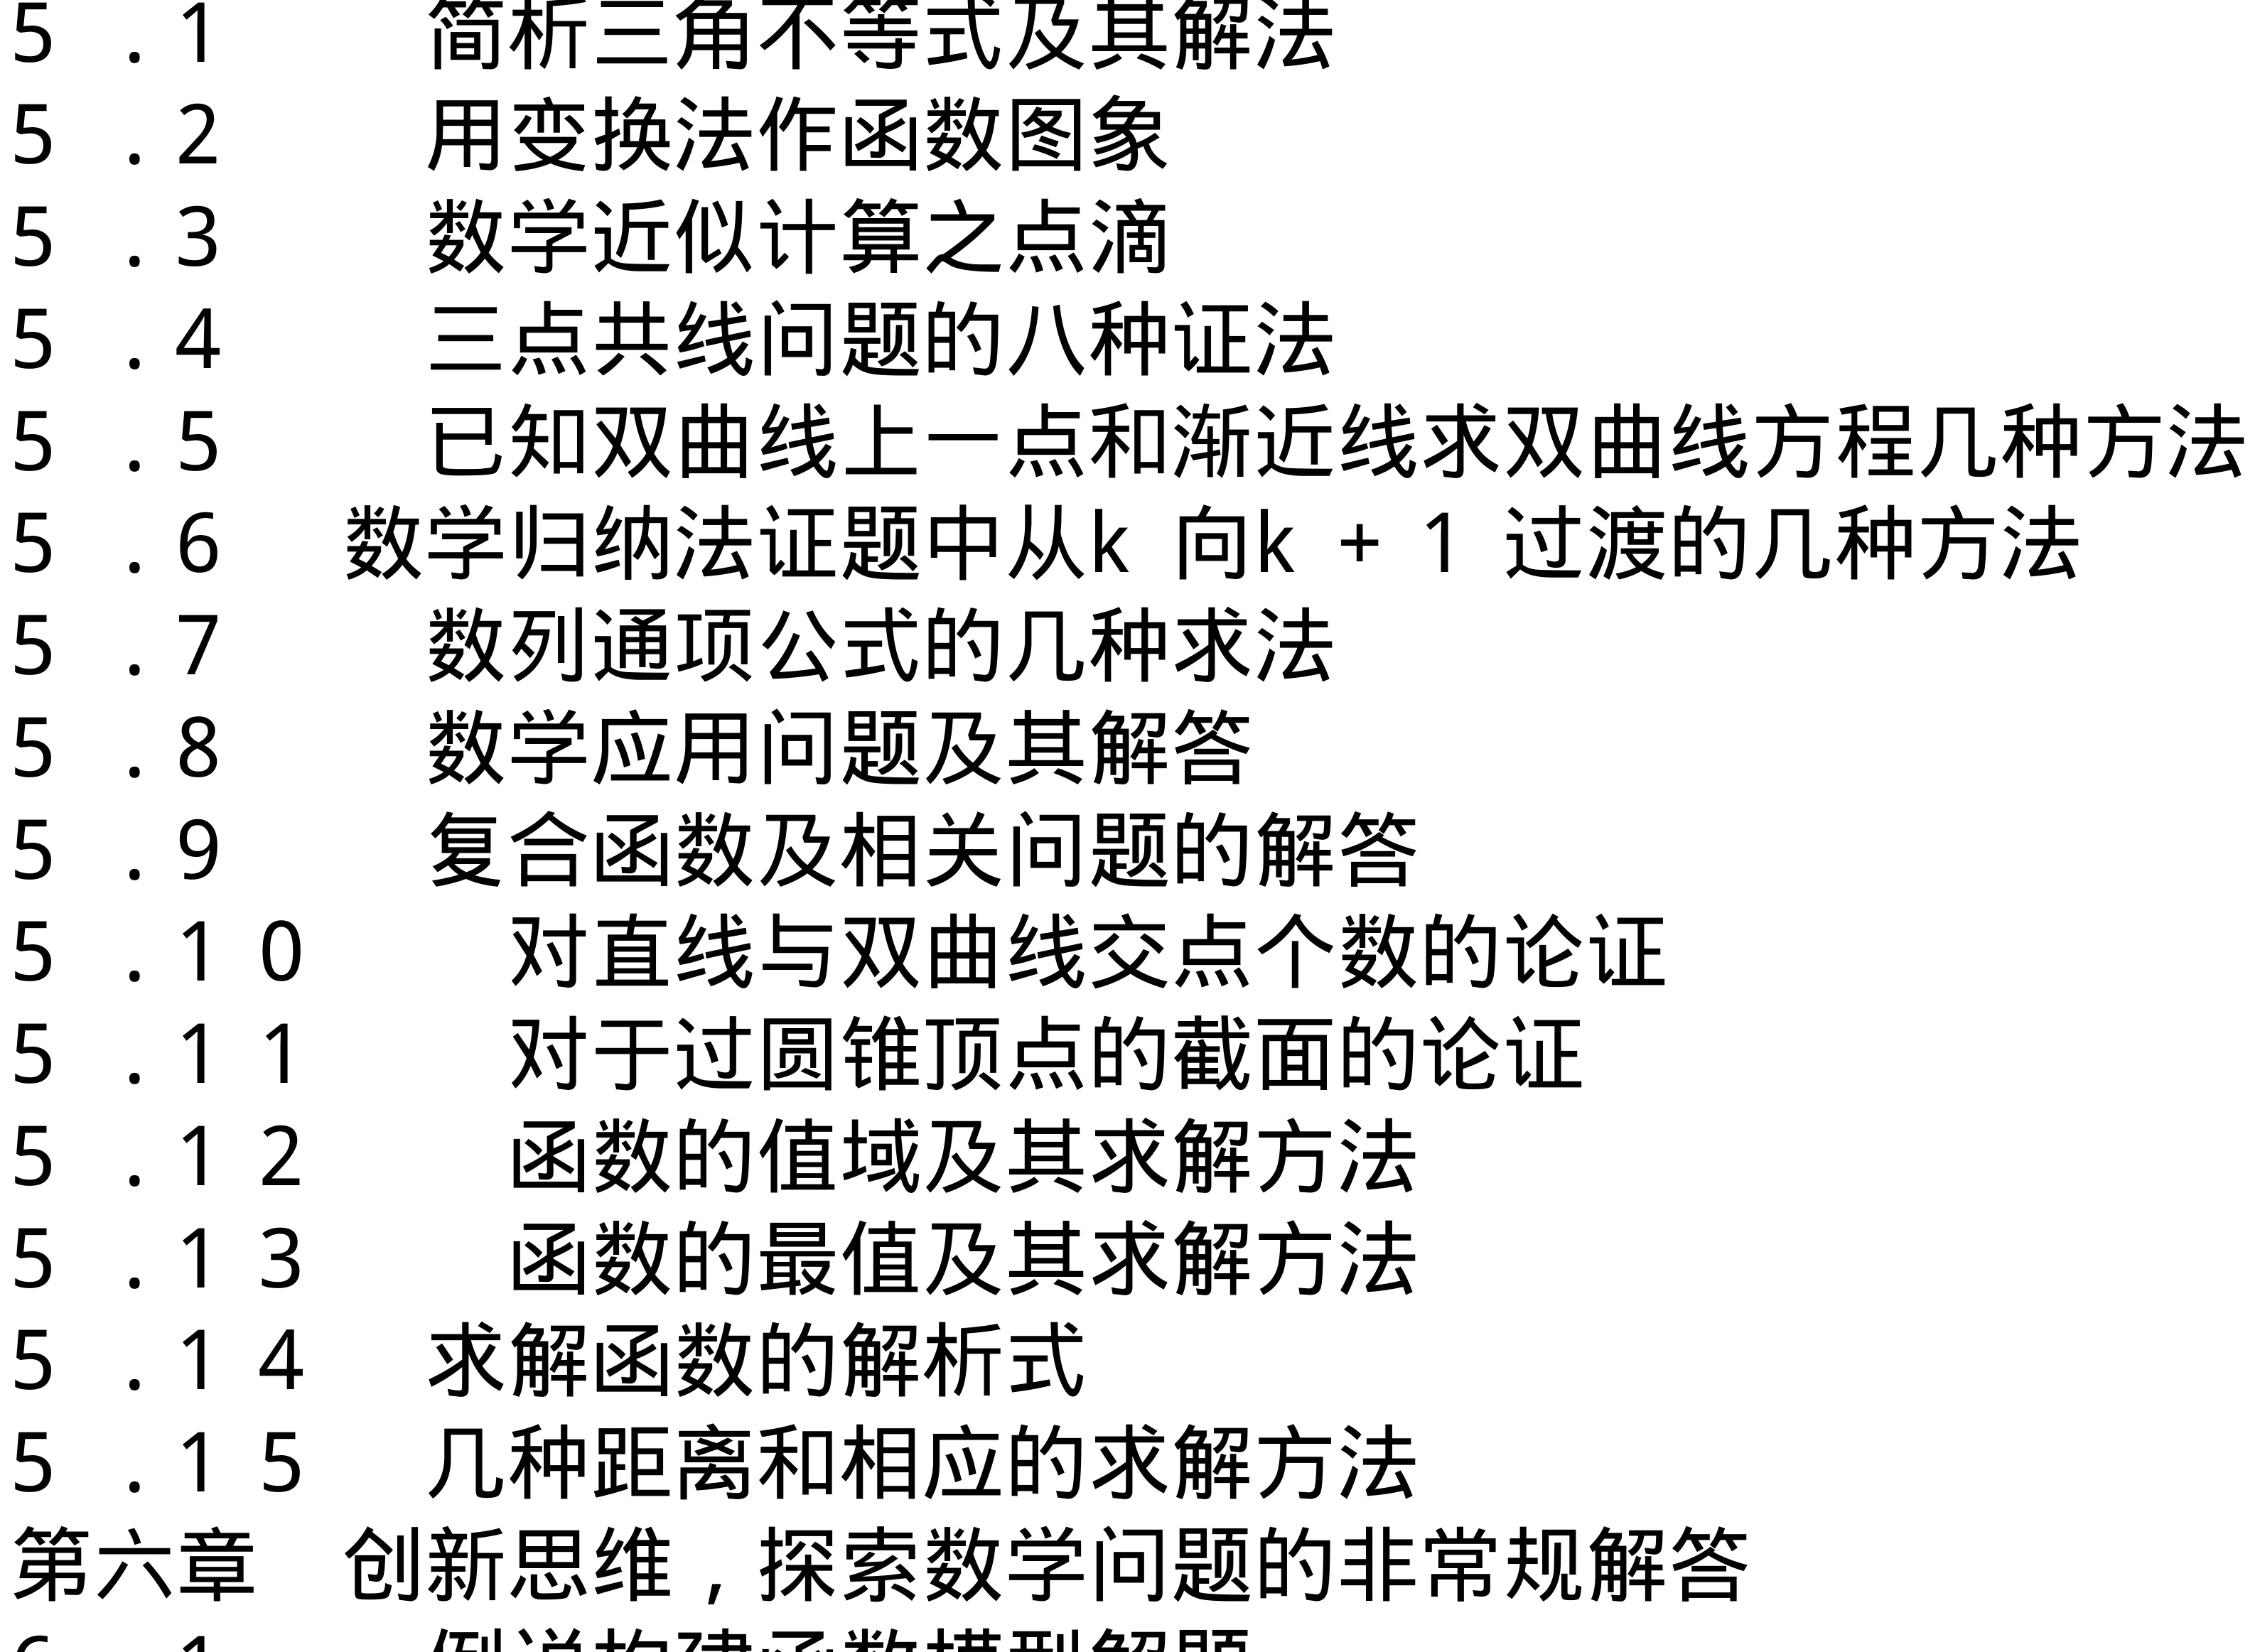
5.1  简析三角不等式及其解法
5.2  用变换法作函数图象
5.3  数学近似计算之点滴
5.4  三点共线问题的八种证法
5.5  已知双曲线上一点和渐近线求双曲线方程几种方法
5.6  数学归纳法证题中从\(k\)向\(k + 1\)过渡的几种方法
5.7  数列通项公式的几种求法
5.8  数学应用问题及其解答
5.9  复合函数及相关问题的解答
5.10  对直线与双曲线交点个数的论证
5.11  对于过圆锥顶点的截面的论证
5.12  函数的值域及其求解方法
5.13  函数的最值及其求解方法
5.14  求解函数的解析式
5.15  几种距离和相应的求解方法
第六章  创新思维，探索数学问题的非常规解答
6.1  倒说构建函数模型解题